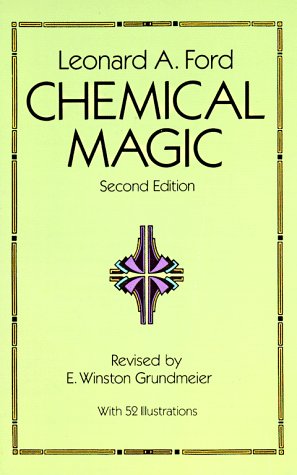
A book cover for Chemical Magic (Dover Books on Chemistry); Leonard A. Ford; Science & Math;